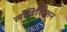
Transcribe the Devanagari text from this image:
लॉडिशिअन